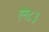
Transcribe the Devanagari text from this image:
एम८३